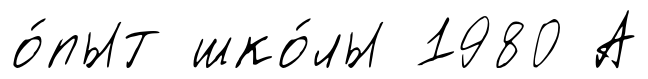
о́пыт шко́лы 1980 А